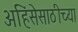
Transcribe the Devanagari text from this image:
अहिंसेसाठीच्या